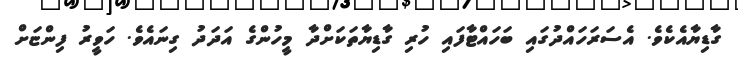
ގާޑިޔާއެކެވެ. އެސަރަހައްދުގައި ބަހައްޓާފައި ހުރި ގާޑިޔާތަކަށްދާ މީހުންގެ އަދަދު ގިނައެވެ. ހަވީރު ފިންޏަށް